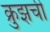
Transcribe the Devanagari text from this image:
क्रुझची